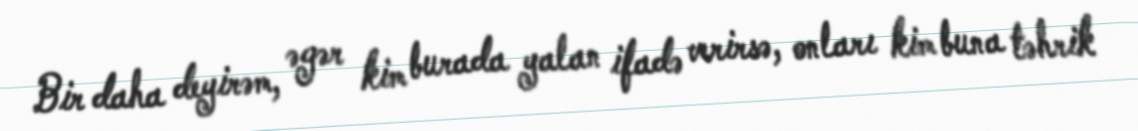
Bir daha deyirəm, əgər kim burada yalan ifadə verirsə, onları kim buna təhrik